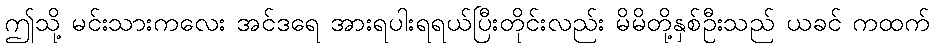
ဤသို့ မင်းသားကလေး အင်ဒရေ အားရပါးရရယ်ပြီးတိုင်းလည်း မိမိတို့နှစ်ဦးသည် ယခင် ကထက်